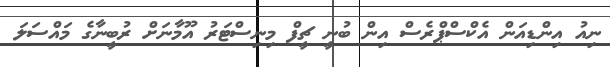
ނިއު އިންޑިއަން އެކްސްޕްރެސް އިން ބުނީ ޗީފް މިނިސްޓަރު އޫމާނަށް ރުބީނާގެ މައްސަލަ